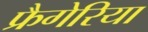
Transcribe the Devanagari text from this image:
फ्रैगेरिया